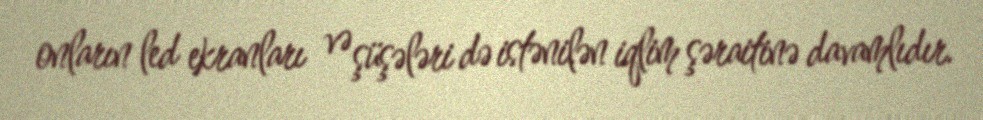
onların led ekranları və şüşələri də istənilən iqlim şəraitinə davamlıdır.